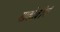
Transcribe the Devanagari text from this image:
गावदेवीचं